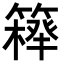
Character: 𥴍